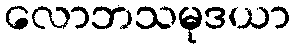
လောဘသမုဒယာ